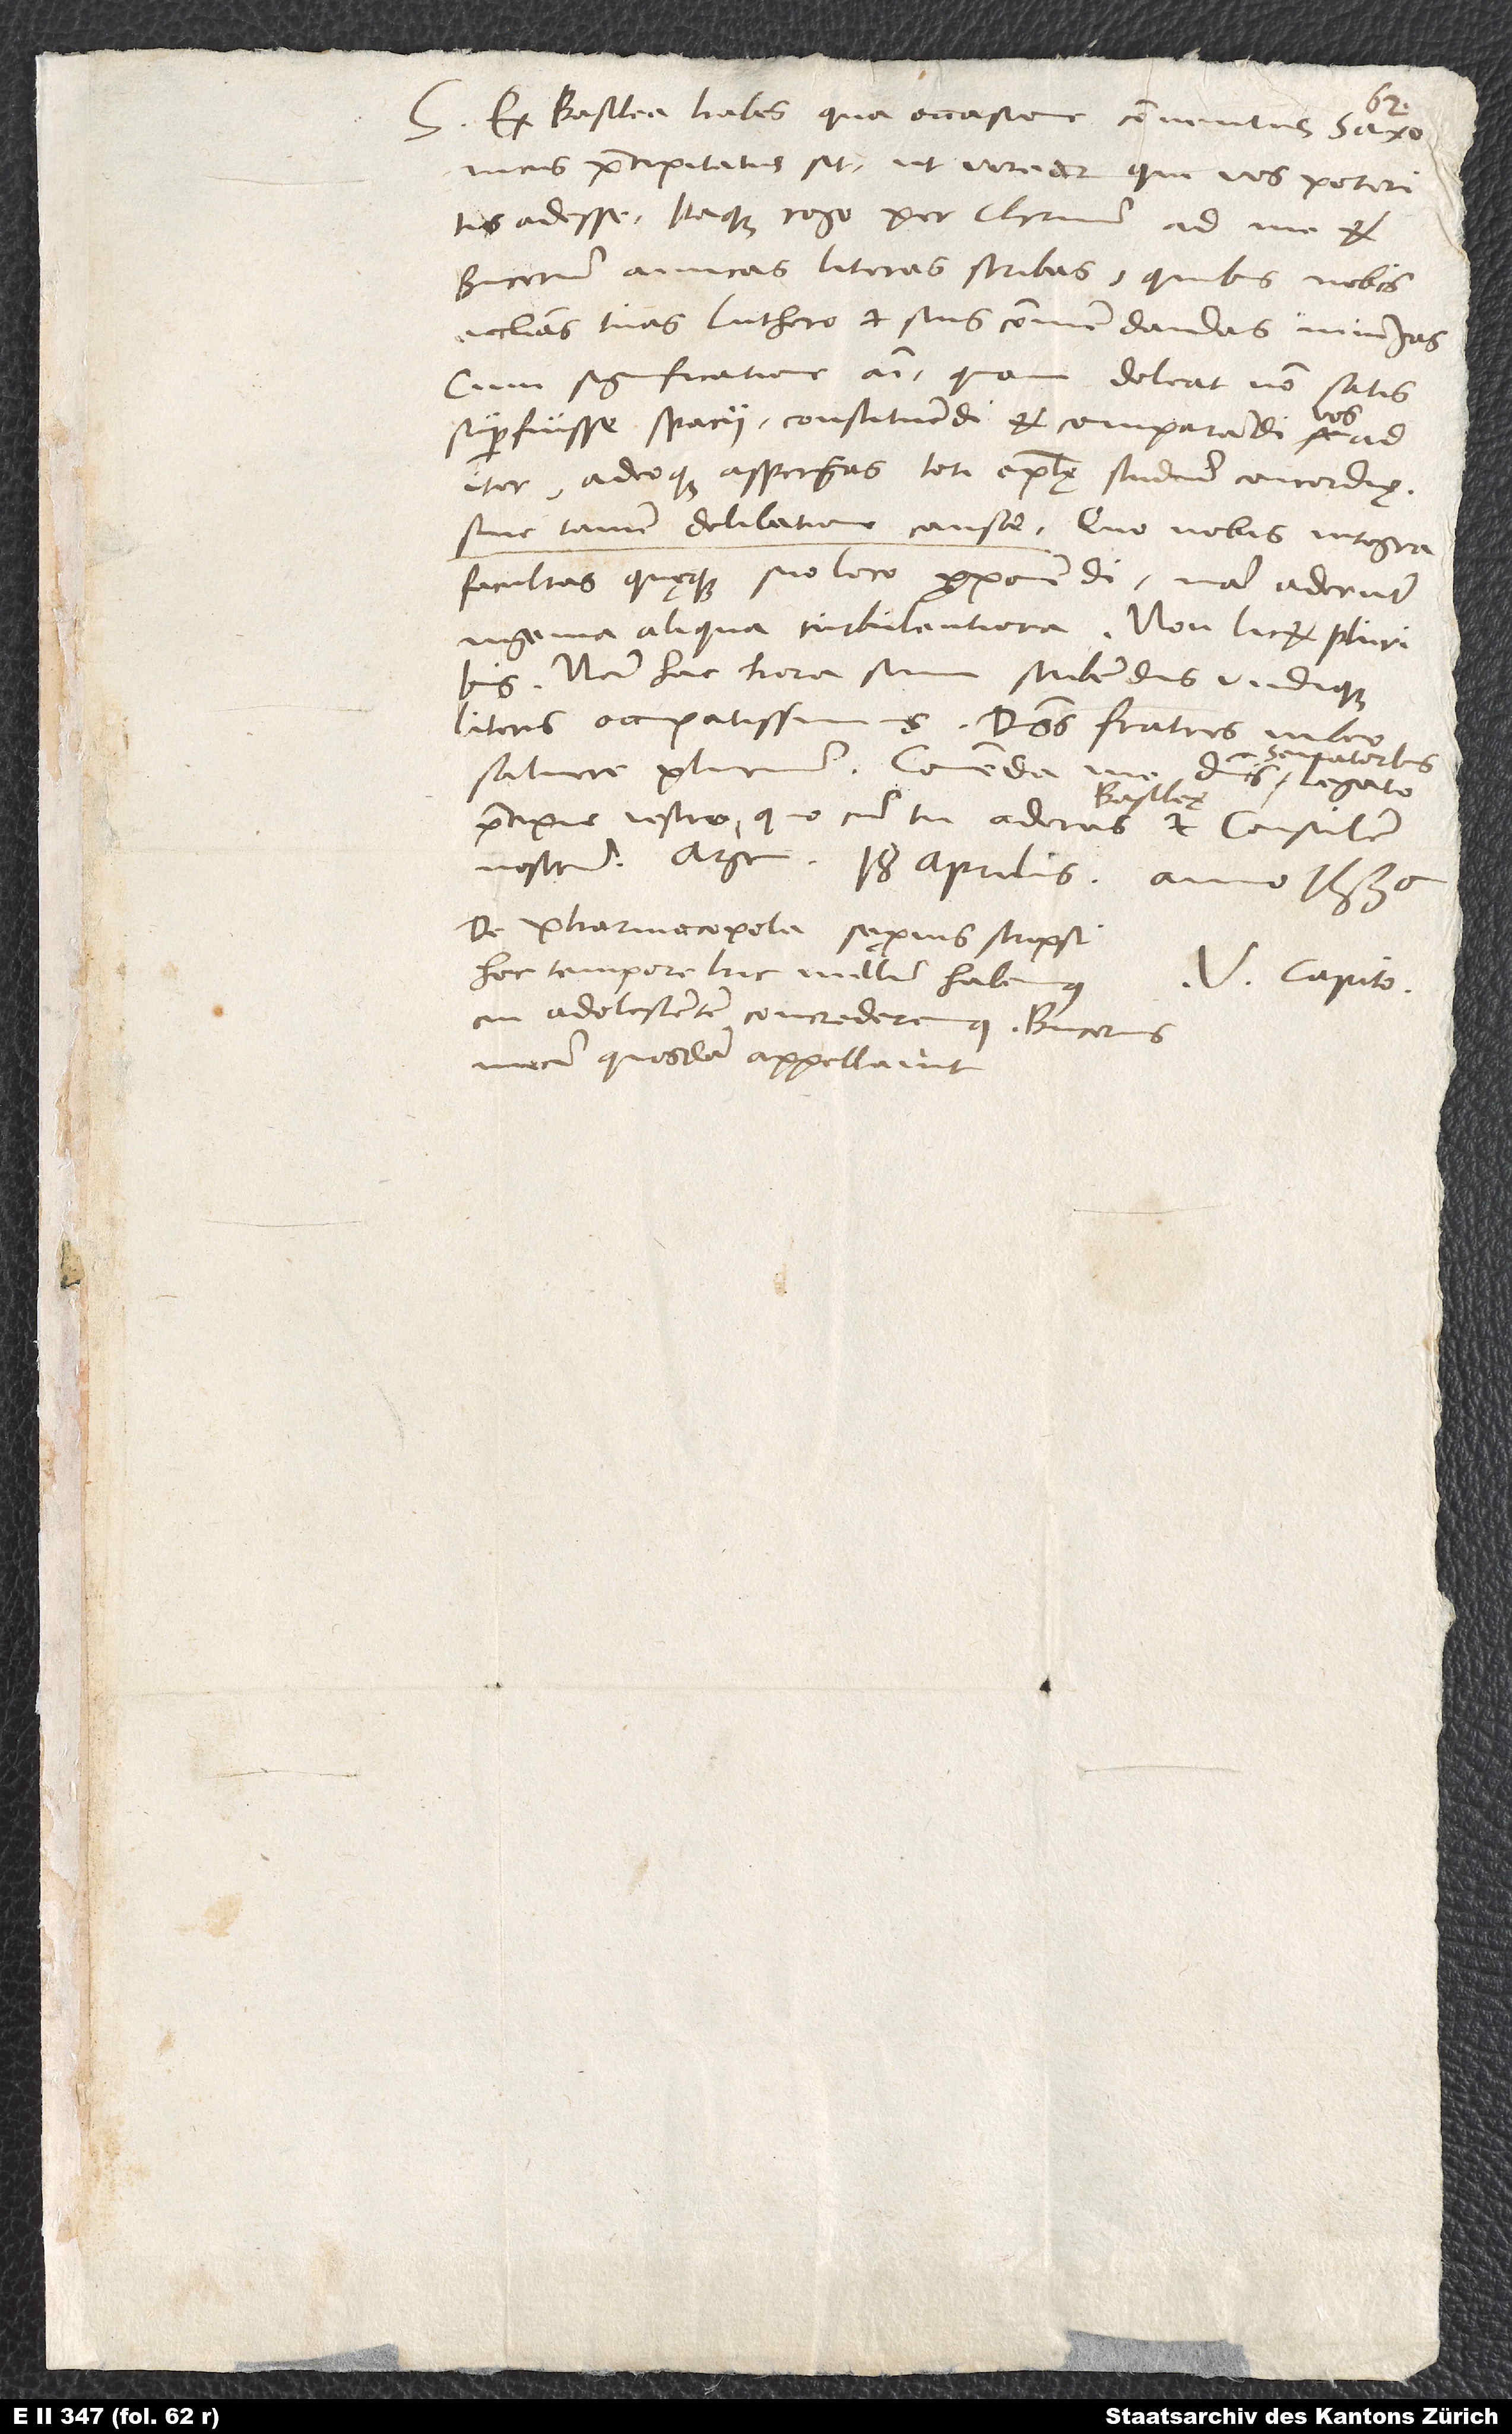
S. Ex Basilea habes, qua occasione conventus Saxonicus
praecipitatus sit, ut verear, qui vos poteritis
adesse. Itaque rogo per Christum, ad me et
Bucerum amicas literas scribas, quibus nobis
ecclesias tuas Luthero et suis commendandas iniungas
cum significatione animi, quam doleat non satis
superfuisse spacii constituendi et comparandi vos ad
iter, adeoque aspergas toti epistolae studium concordię,
sine tamen delibatione causae, quo nobis integra
facultas quęque suo loco proponendi; nam aderunt
ingenia aliqua turbulentioria. Non licet pluribus.
Nam hac hora sum scribendis undique
literis occupatissimus. Dominos fratres iubeo
senatoribus,
salvere plurimum. Comenda
vestro. Argen, 18. aprilis anno 1536.
De pharmacopola sępius scripsi.
Hoc tempore hic nullum habemus,
V. Capito.
cui adolescentem concrederemus. Bucerus
mecum quosdam appellavit.